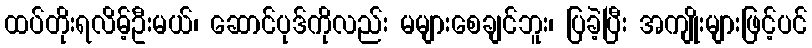
ထပ်တိုးရလိမ့်ဦးမယ်၊ ဆောင်ပုဒ်ကိုလည်း မများစေချင်ဘူး၊ ပြခဲ့ပြီး အကျိုးများဖြင့်ပင်